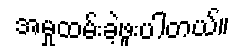
အမှုထမ်းခဲ့ဖူးပါတယ်။